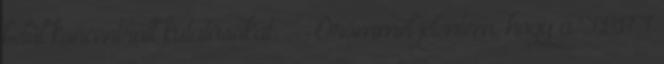
belül koncentrált kutatásokat. - Örömmel jelentem, hogy a TBBT